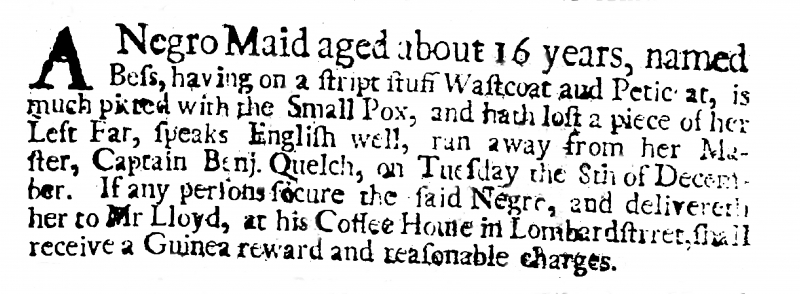
Post Man and the Historical Account, 2 January 1703 (England)
A Negro Maid aged about 16 years, named Bess, having on a stript stuff Wastcoat and Peticoat, is much pitted with the Small Pox, and hath lost a piece of her Left Ear, speaks English well, ran away from her Master, Captain Benj. Quelch, on Tuesday the 8th of December. If any persons secure the said Negro, and delivereth her to Mr Lloyd, at his Coffee House in Lombardstreet, shall receive a Guinea reward and reasonable charges.